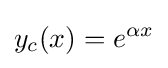
y_{c}(x)=e^{\alpha x}